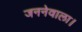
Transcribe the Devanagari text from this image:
जननेवाला।